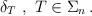
LaTeX: \begin{align*}\delta_T \ , \ T \in \Sigma_n \, . \end{align*}